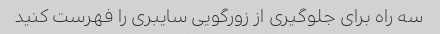
سه راه برای جلوگیری از زورگویی سایبری را فهرست کنید